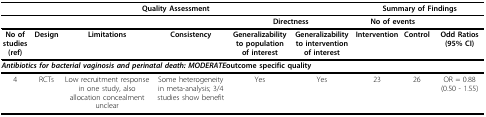
| <COLSPAN=6> Quality Assessment | <COLSPAN=3> Summary of Findings |
 | --- | --- | --- | --- | --- | --- | --- | --- | --- |
 |  |  |  |  | <COLSPAN=2> Directness | <COLSPAN=2> No of events |  |
 | No of studies (ref) | Design | Limitations | Consistency | Generalizability to population of interest | Generalizability to intervention of interest | Intervention | Control | Odd Ratios (95% CI) |
 | <COLSPAN=9> Antibiotics for bacterial vaginosis and perinatal death: MODERATEoutcome specific quality |
 | 4 | RCTs | Low recruitment response in one study, also allocation concealment unclear | Some heterogeneity in meta-analysis; 3/4 studies show benefit | Yes | Yes | 23 | 26 | OR = 0.88 (0.50 - 1.55) |